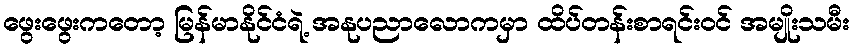
ဖွေးဖွေးကတော့ မြန်မာနိုင်ငံရဲ့ အနုပညာလောကမှာ ထိပ်တန်းစာရင်းဝင် အမျိုးသမီး